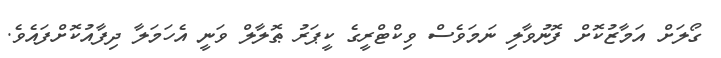
ގޯލަށް އަމާޒުކޮށް ފޮނުވާލި ނަމަވެސް ވިކްޓްރީގެ ކީޕަރު ޠޮލާލް ވަނީ އެހަމަލާ ދިފާއުކޮށްފައެވެ.